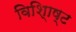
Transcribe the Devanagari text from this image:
विशि्ाष्ट